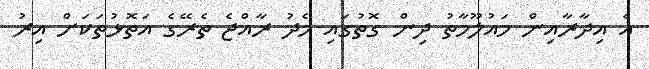
އެ އިދާރާއިން މައުލޫމާތު ދިން ގޮތުގައި މެދު ރާއްޖެ ތެރޭގެ އަތޮޅުތަކަށް އިރު